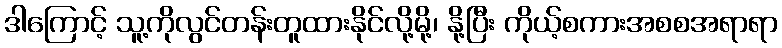
ဒါကြောင့် သူ့ကိုလွင်တန်းတူထားနိုင်လို့မို့၊ နို့ပြီး ကိုယ့်စကားအစစအရာရာ